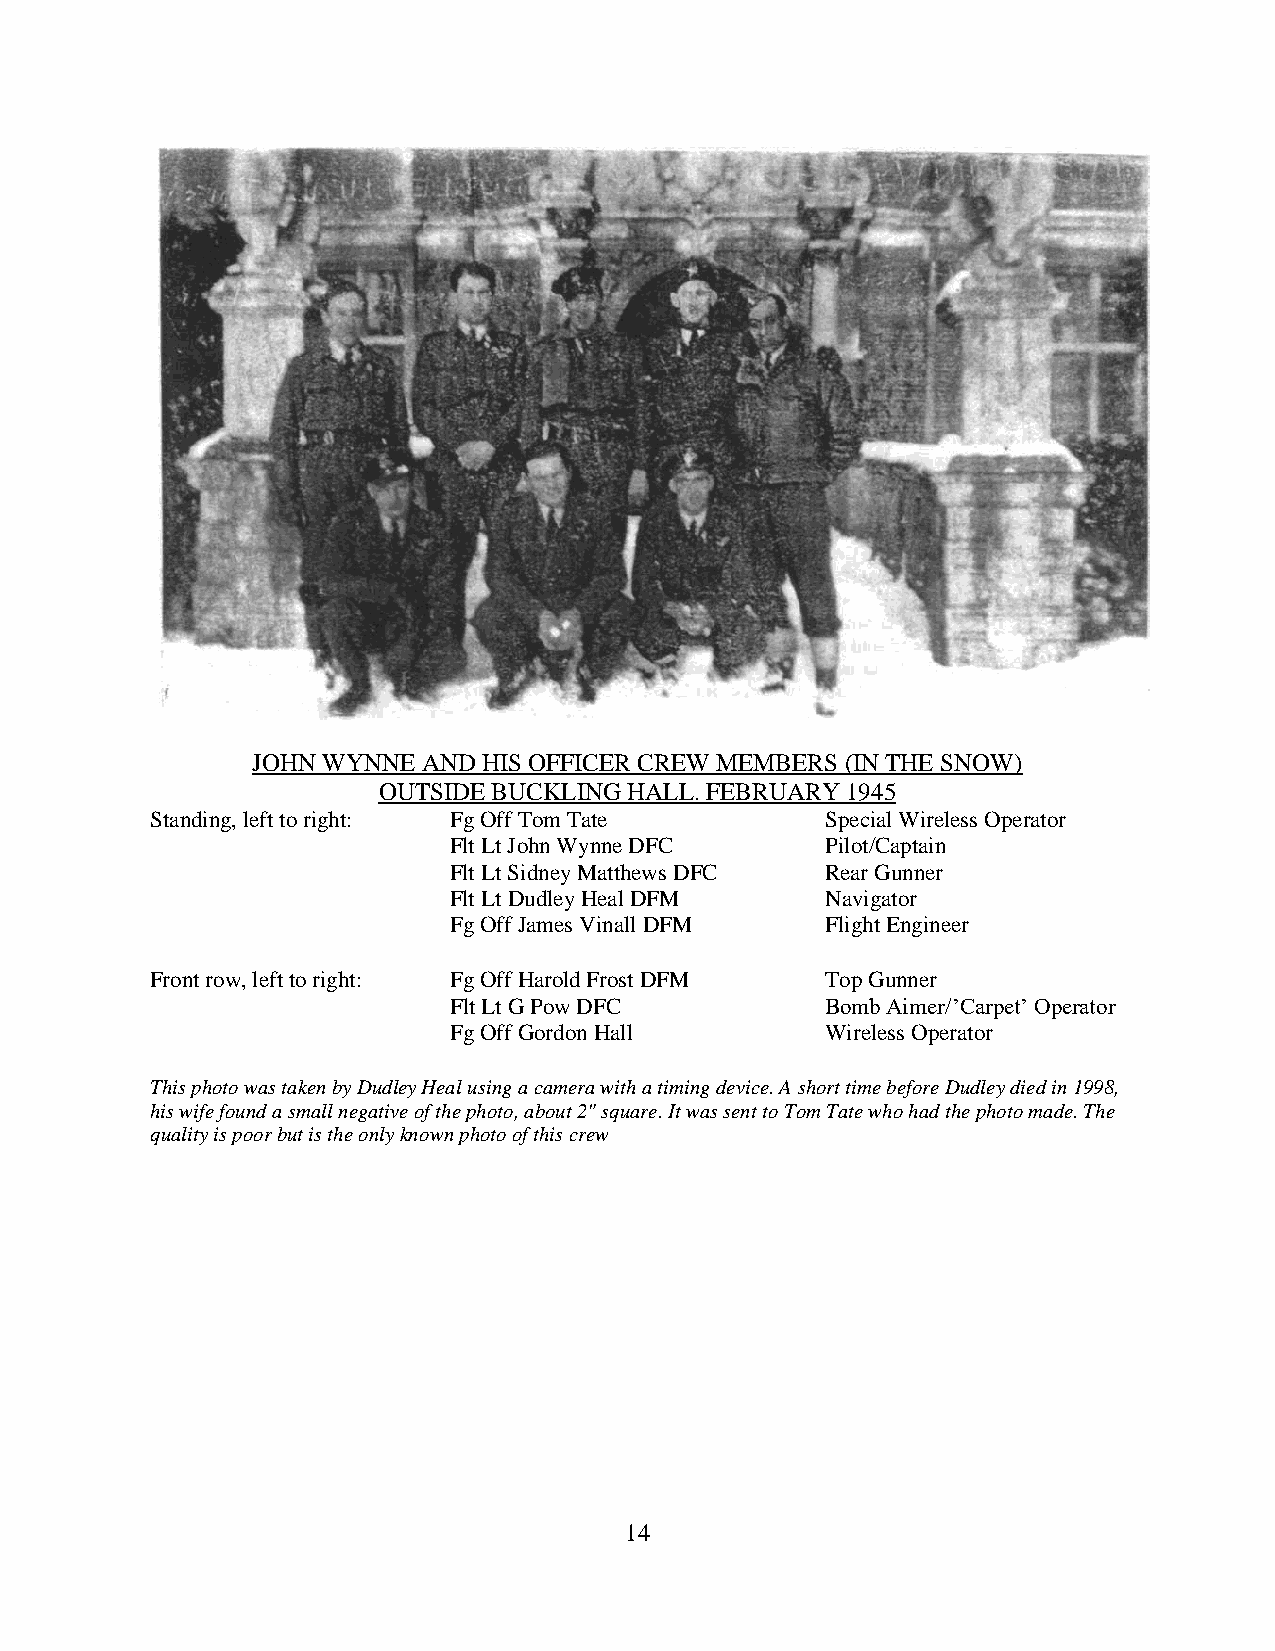
JOHN WYNNE AND HIS OFFICER CREW MEMBERS (IN THE SNOW)
 OUTSIDE BUCKLING HALL. FEBRUARY 1945
 Standing, left to right: Fg Off Tom Tate     Special Wireless Operator
 Flt Lt John Wynne DFC    Pilot/Captain
 Flt Lt Sidney Matthews DFC Rear Gunner
 Flt Lt Dudley Heal DFM   Navigator
 Fg Off James Vinall DFM  Flight Engineer
 Front row, left to right: Fg Off Harold Frost DFM Top Gunner
 Flt Lt G Pow DFC         Bomb Aimer/’Carpet’ Operator
 Fg Off Gordon Hall       Wireless Operator
 This photo was taken by Dudley Heal using a camera with a timing device. A short time before Dudley died in 1998,
 his wife found a small negative of the photo, about 2" square. It was sent to Tom Tate who had the photo made. The
 quality is poor but is the only known photo of this crew
 14